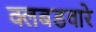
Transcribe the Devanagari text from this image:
क्लबडवारे